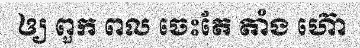
ឲ្យ ពួក ពល ចេះតែ តាំង ហ៊ោ